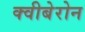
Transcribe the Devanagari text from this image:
क्वीबेरोन